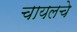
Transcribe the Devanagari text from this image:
चायलचे